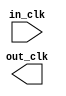
// This program was cloned from: https://github.com/stanford-ppl/spatial-lang
// License: MIT License

module pr_region_default_clock_in (
		input  wire  in_clk,  //  in_clk.clk
		output wire  out_clk  // out_clk.clk
	);
endmodule